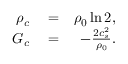
\begin{array} { r l r } { \rho _ { c } } & { { } = } & { \rho _ { 0 } \ln 2 , } \\ { G _ { c } } & { { } = } & { - \frac { 2 c _ { s } ^ { 2 } } { \rho _ { 0 } } . } \end{array}